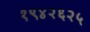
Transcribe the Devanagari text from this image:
१९४२६२५